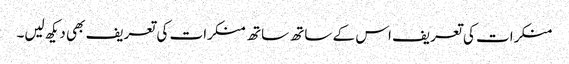
منکرات کی تعریف اس کے ساتھ ساتھ منکرات کی تعریف بھی دیکھ لیں۔